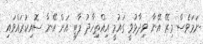
ނަމަވެސް މިރޭ އޭނާ ވިދާޅުވީ ގައުމީ އިއްތިހާދު ޕާޓީ އަށް އޭނާ ސޮއިކުރައްވައި